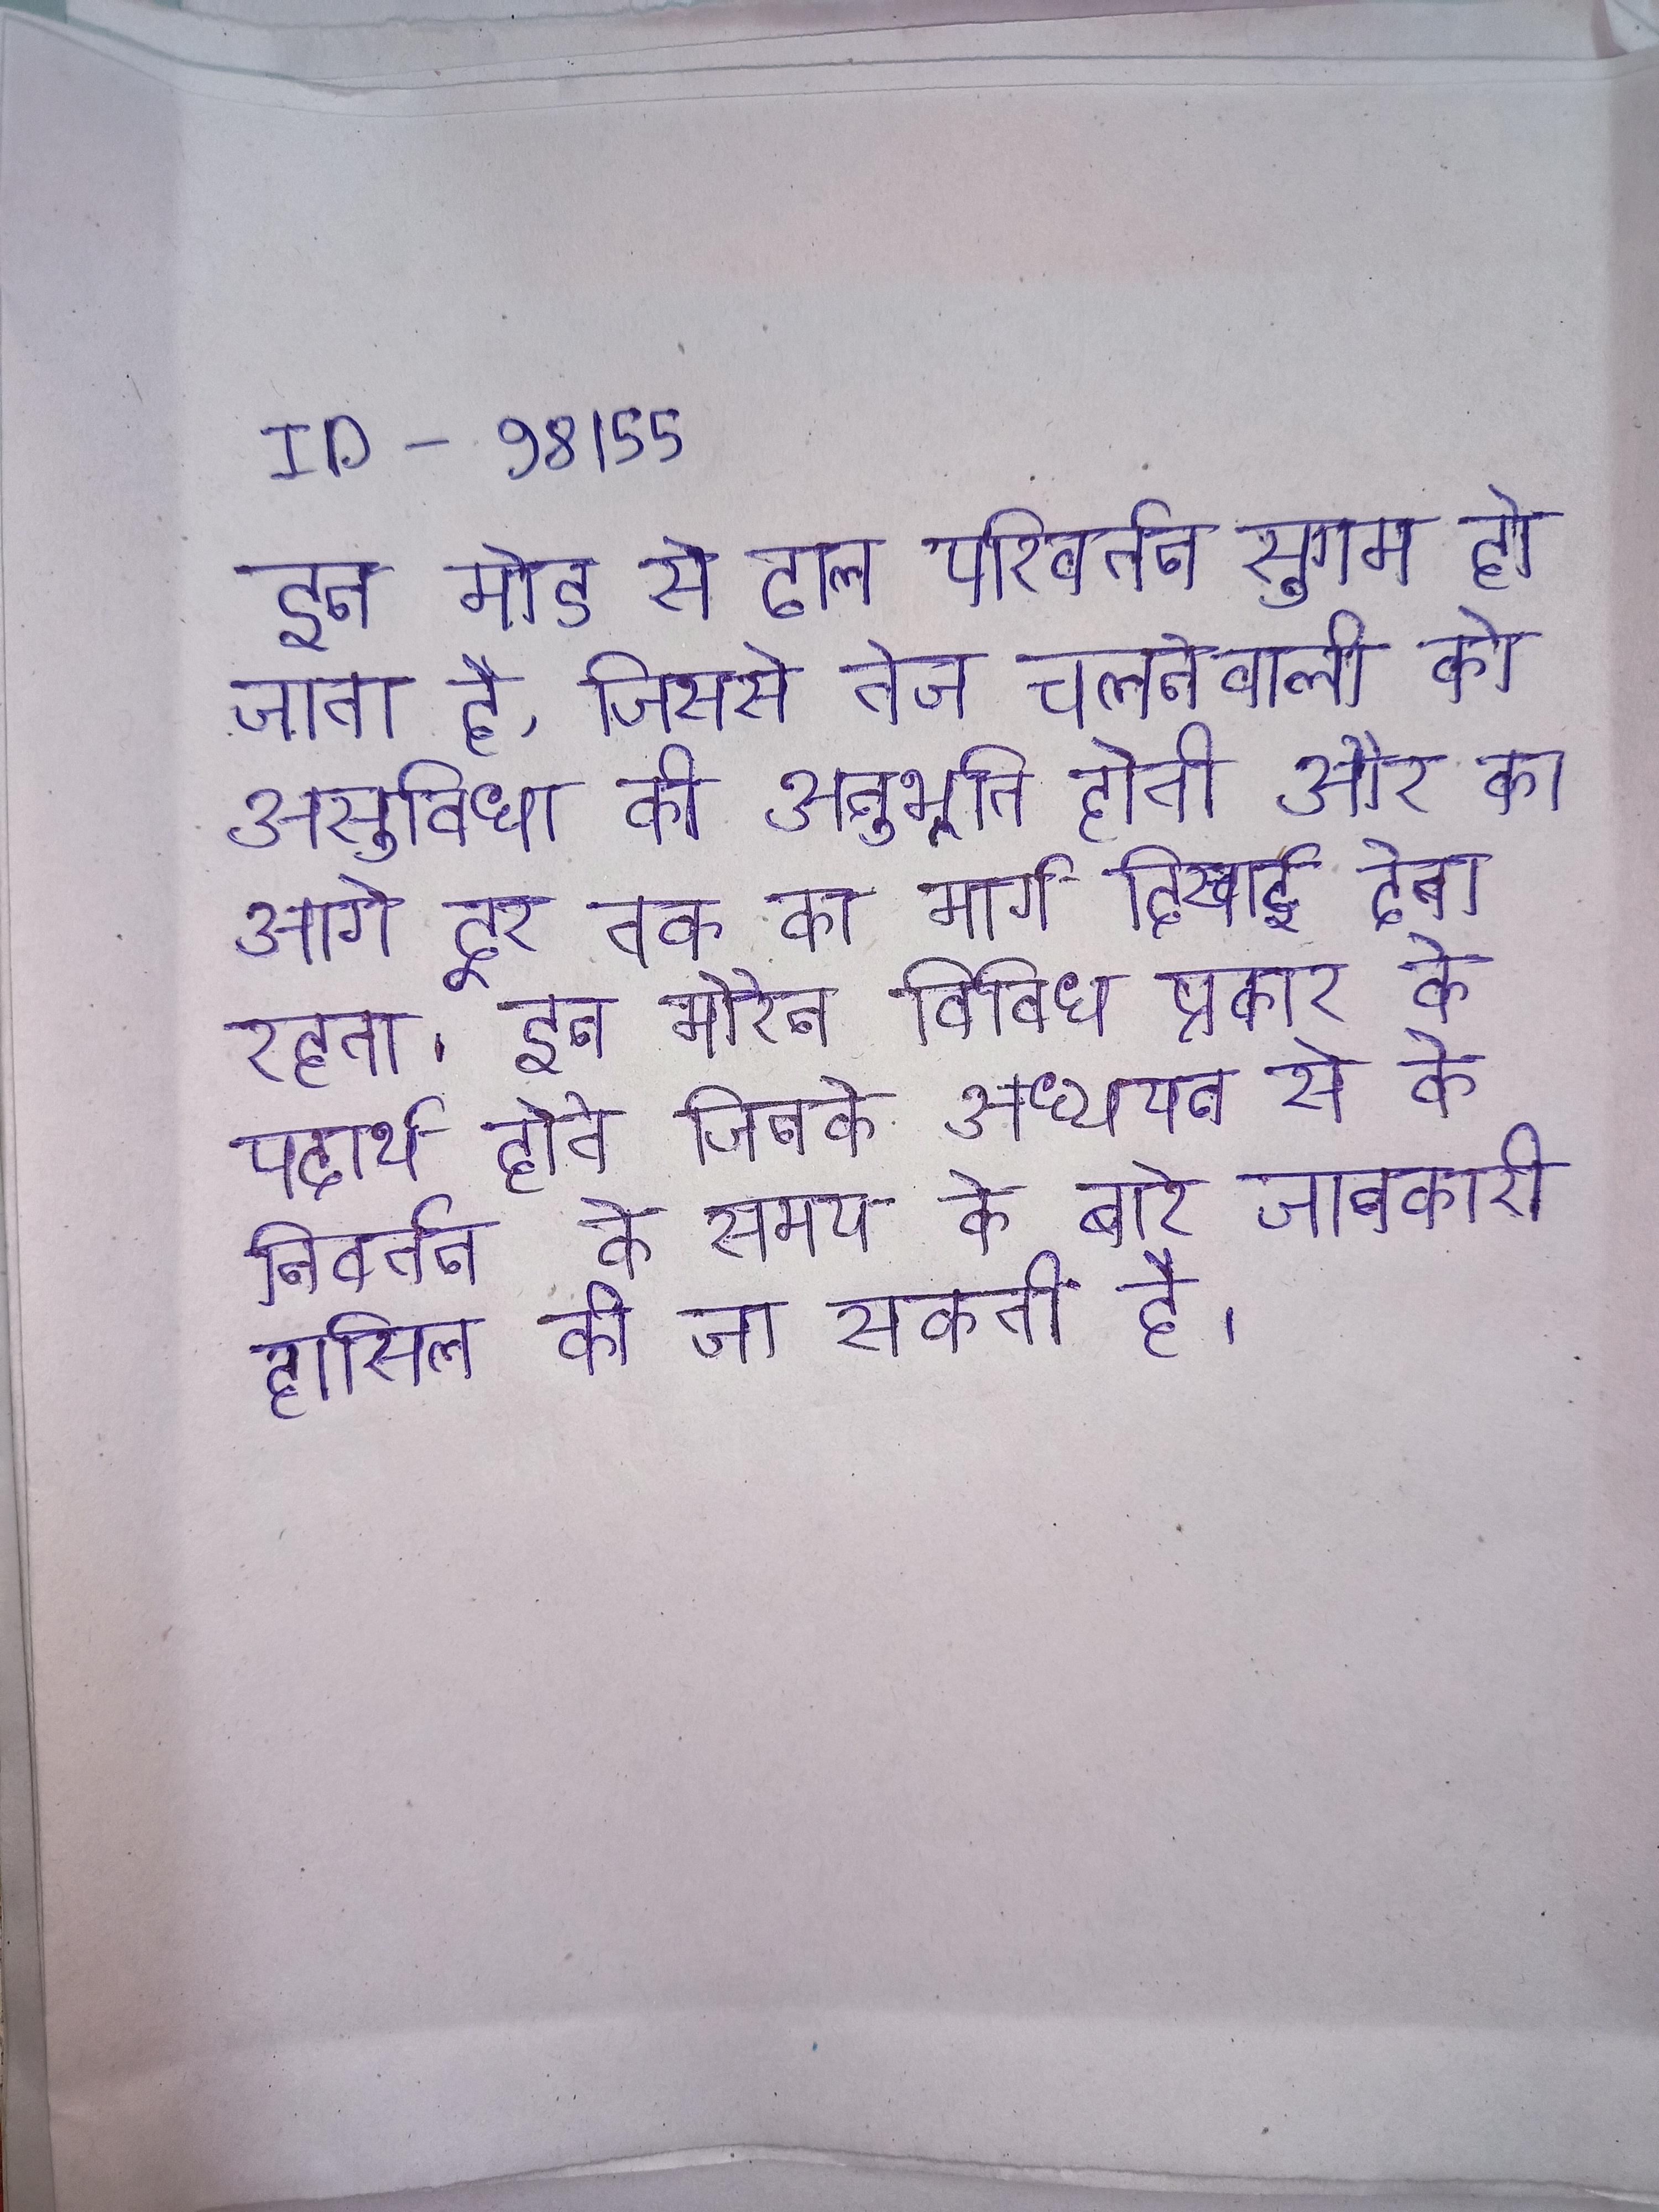
इन मोड से ढाल परिवर्तन सुगम हो जाता है, जिससे तेज चलनेवाली को असुविधा की अनुभूति होती और का आगे दूर तक का मार्ग दिखाई देता रहता । इन मोरेन विविध प्रकार के पदार्थ होते जिनके अध्ययन से के निवर्तन के समय के बारे जानकारी हासिल की जा सकती है ।